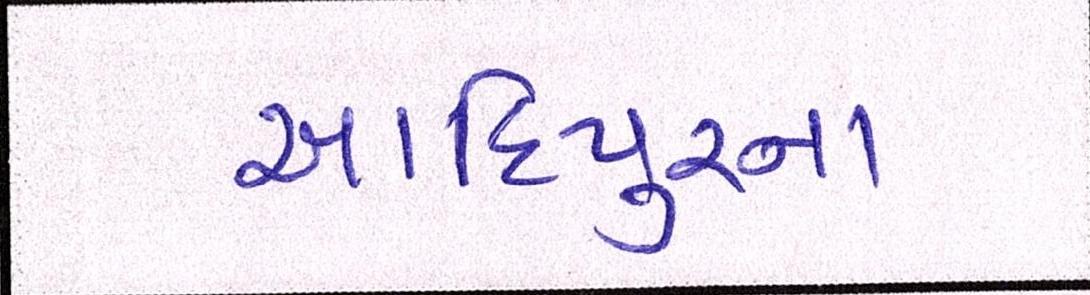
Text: આદિપુરના